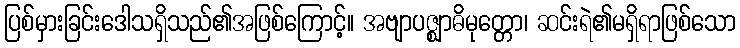
ပြစ်မှားခြင်းဒေါသရှိသည်၏အဖြစ်ကြောင့်။ အဗျာပဇ္ဈာဓိမုတ္တော၊ ဆင်းရဲ၏မရှိရာဖြစ်သော